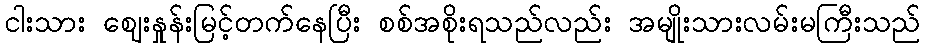
ငါးသား ဈေးနှုန်းမြင့်တက်နေပြီး စစ်အစိုးရသည်လည်း အမျိုးသားလမ်းမကြီးသည်